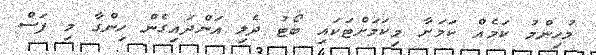
މުހިންމު ކަމެއް ކަމަށާ މިކަމަށްޓަކައި ބޯޓު ދެލި އަންދައިގެން ހިންގާ މި ފަސް